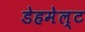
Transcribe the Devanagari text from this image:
डेहमेल्ट